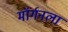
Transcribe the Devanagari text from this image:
मॉर्गनला